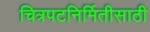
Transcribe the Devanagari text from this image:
चित्रपटनिर्मितीसाठी